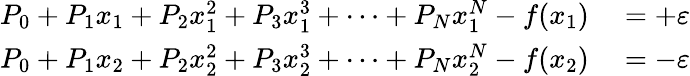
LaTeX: \begin{array}{rl}{P_{0}+P_{1}x_{1}+P_{2}x_{1}^{2}+P_{3}x_{1}^{3}+\dots+P_{N}x_{1}^{N}-f(x_{1})}&{{}=+\varepsilon}\\ {P_{0}+P_{1}x_{2}+P_{2}x_{2}^{2}+P_{3}x_{2}^{3}+\dots+P_{N}x_{2}^{N}-f(x_{2})}&{{}=-\varepsilon}\end{array}